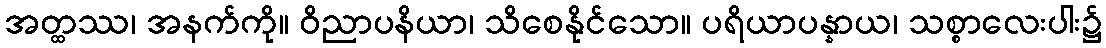
အတ္ထဿ၊ အနက်ကို။ ဝိညာပနိယာ၊ သိစေနိုင်သော။ ပရိယာပန္နာယ၊ သစ္စာလေးပါး၌